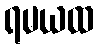
ရမယထ